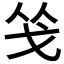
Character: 𭟲